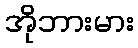
အိုဘားမား